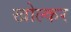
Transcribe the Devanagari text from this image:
खोल्कर